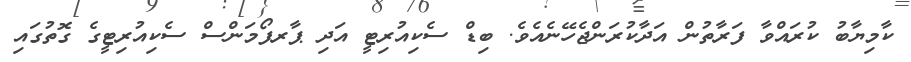
ކާމިޔާބު ކުރައްވާ ފަރާތުން އަދާކުރަންޖެހޭނެއެވެ. ބިޑް ސެކިއުރިޓީ އަދި ޕާރފޯމަންސް ސެކިއުރިޓީގެ ގޮތުގައި